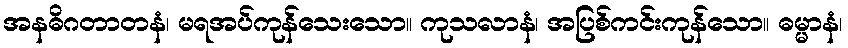
အနဓိဂတာတနံ၊ မရအပ်ကုန်သေးသော။ ကုသလာနံ၊ အပြစ်ကင်းကုန်သော။ ဓမ္မာနံ၊